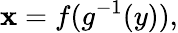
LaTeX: \mathbf{x}=f(g^{-1}(y)),